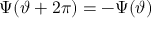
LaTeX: \Psi ( \vartheta + 2 \pi ) = - \Psi ( \vartheta )